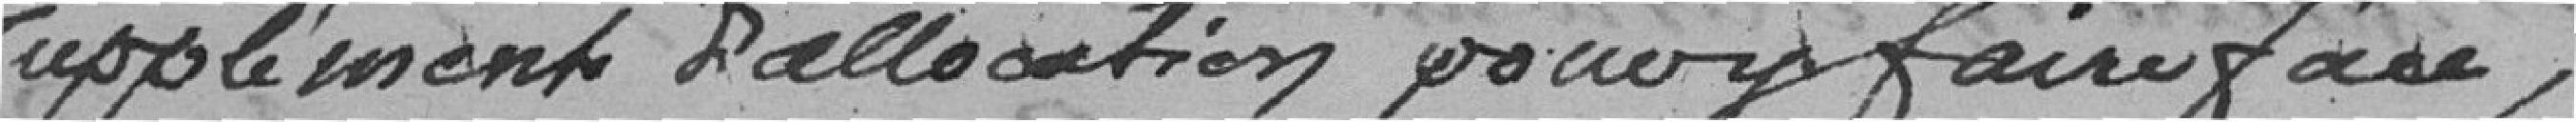
supplément d'allocation pour y faire face.